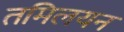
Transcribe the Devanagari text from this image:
तमिलयन